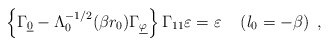
\begin{align*}\left\{\Gamma_{\underline{0}} - \Lambda_0^{-1/2} (\beta r_0)\Gamma_{\underline{\varphi}}\right\} \Gamma_{11}\varepsilon=\varepsilon \quad \left(l_0 = -\beta\right) ~,\end{align*}